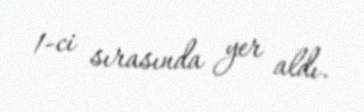
1-ci sırasında yer aldı.